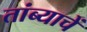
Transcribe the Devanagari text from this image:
तांब्याचें